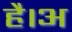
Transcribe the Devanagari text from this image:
है।अ